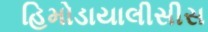
હિમોડાયાલીસીસ